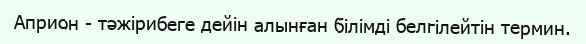
Априон - тәжірибеге дейін алынған білімді белгілейтін термин.